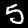
Digit: 5